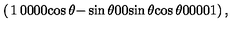
\left( \begin{matrix} { 1 } & { 0 } & { 0 } & { 0 } \\ { 0 } & { \cos \theta } & { - \sin \theta } & { 0 } \\ { 0 } & { \sin \theta } & { \cos \theta } & { 0 } \\ { 0 } & { 0 } & { 0 } & { 1 } \\ \end{matrix} \right) ,